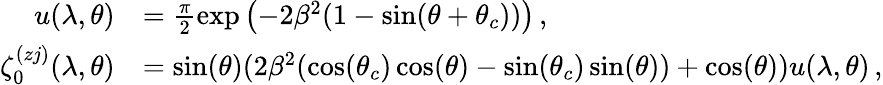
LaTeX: \begin{array}{rl}{u(\lambda,\theta)}&{=\frac{\pi}{2}\mathrm{exp}\left(-2\beta^{2}(1-\sin(\theta+\theta_{c}))\right)\, ,}\\ {\zeta_{0}^{(zj)}(\lambda,\theta)}&{=\sin(\theta)(2\beta^{2}(\cos(\theta_{c})\cos(\theta)-\sin(\theta_{c})\sin(\theta))+\cos(\theta))u(\lambda,\theta)\, ,}\end{array}